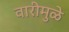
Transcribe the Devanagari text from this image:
वारीमुळे